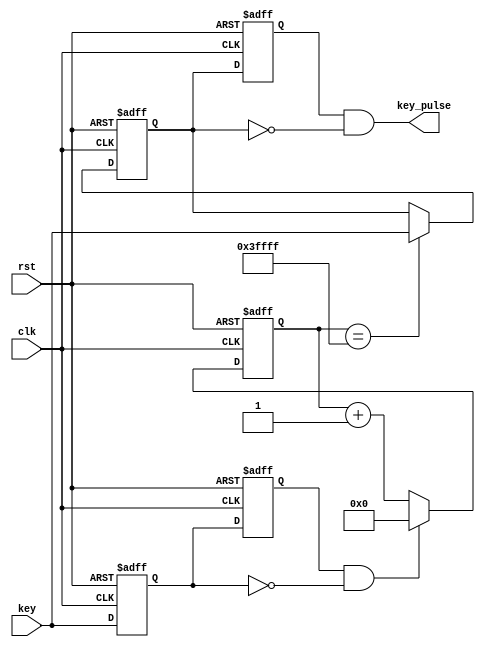
module debounce (clk,rst,key,key_pulse);
 
        parameter       N  =  1;                      //
 
	input             clk;
        input             rst;
        input 	[N-1:0]   key;                        //					
	output  [N-1:0]   key_pulse;                  //	
 
        reg     [N-1:0]   key_rst_pre;                //
        reg     [N-1:0]   key_rst;                    //
 
        wire    [N-1:0]   key_edge;                   //
 
        //
        always @(posedge clk  or  negedge rst)
          begin
             if (!rst) begin
                 key_rst <= {N{1'b1}};                //key_rst1{}N1
                 key_rst_pre <= {N{1'b1}};
             end
             else begin
                 key_rst <= key;                     //keykey_rst,key_rstkey_rst_pre
                 key_rst_pre <= key_rst;             //key_rstkeykey_rst_prekey
             end    
           end
 
        assign  key_edge = key_rst_pre & (~key_rst);//keykey_edge
 
        reg	[17:0]	  cnt;                       //12MHz20ms18     
 
        //20mskey_edge
        always @(posedge clk or negedge rst)
           begin
             if(!rst)
                cnt <= 18'h0;
             else if(key_edge)
                cnt <= 18'h0;
             else
                cnt <= cnt + 1'h1;
             end  
 
        reg     [N-1:0]   key_sec_pre;                //
        reg     [N-1:0]   key_sec;                    
 
 
        //key
        always @(posedge clk  or  negedge rst)
          begin
             if (!rst) 
                 key_sec <= {N{1'b1}};                
             else if (cnt==18'h3ffff)
                 key_sec <= key;  
          end
       always @(posedge clk  or  negedge rst)
          begin
             if (!rst)
                 key_sec_pre <= {N{1'b1}};
             else                   
                 key_sec_pre <= key_sec;             
         end      
       assign  key_pulse = key_sec_pre & (~key_sec);     
 
endmodule